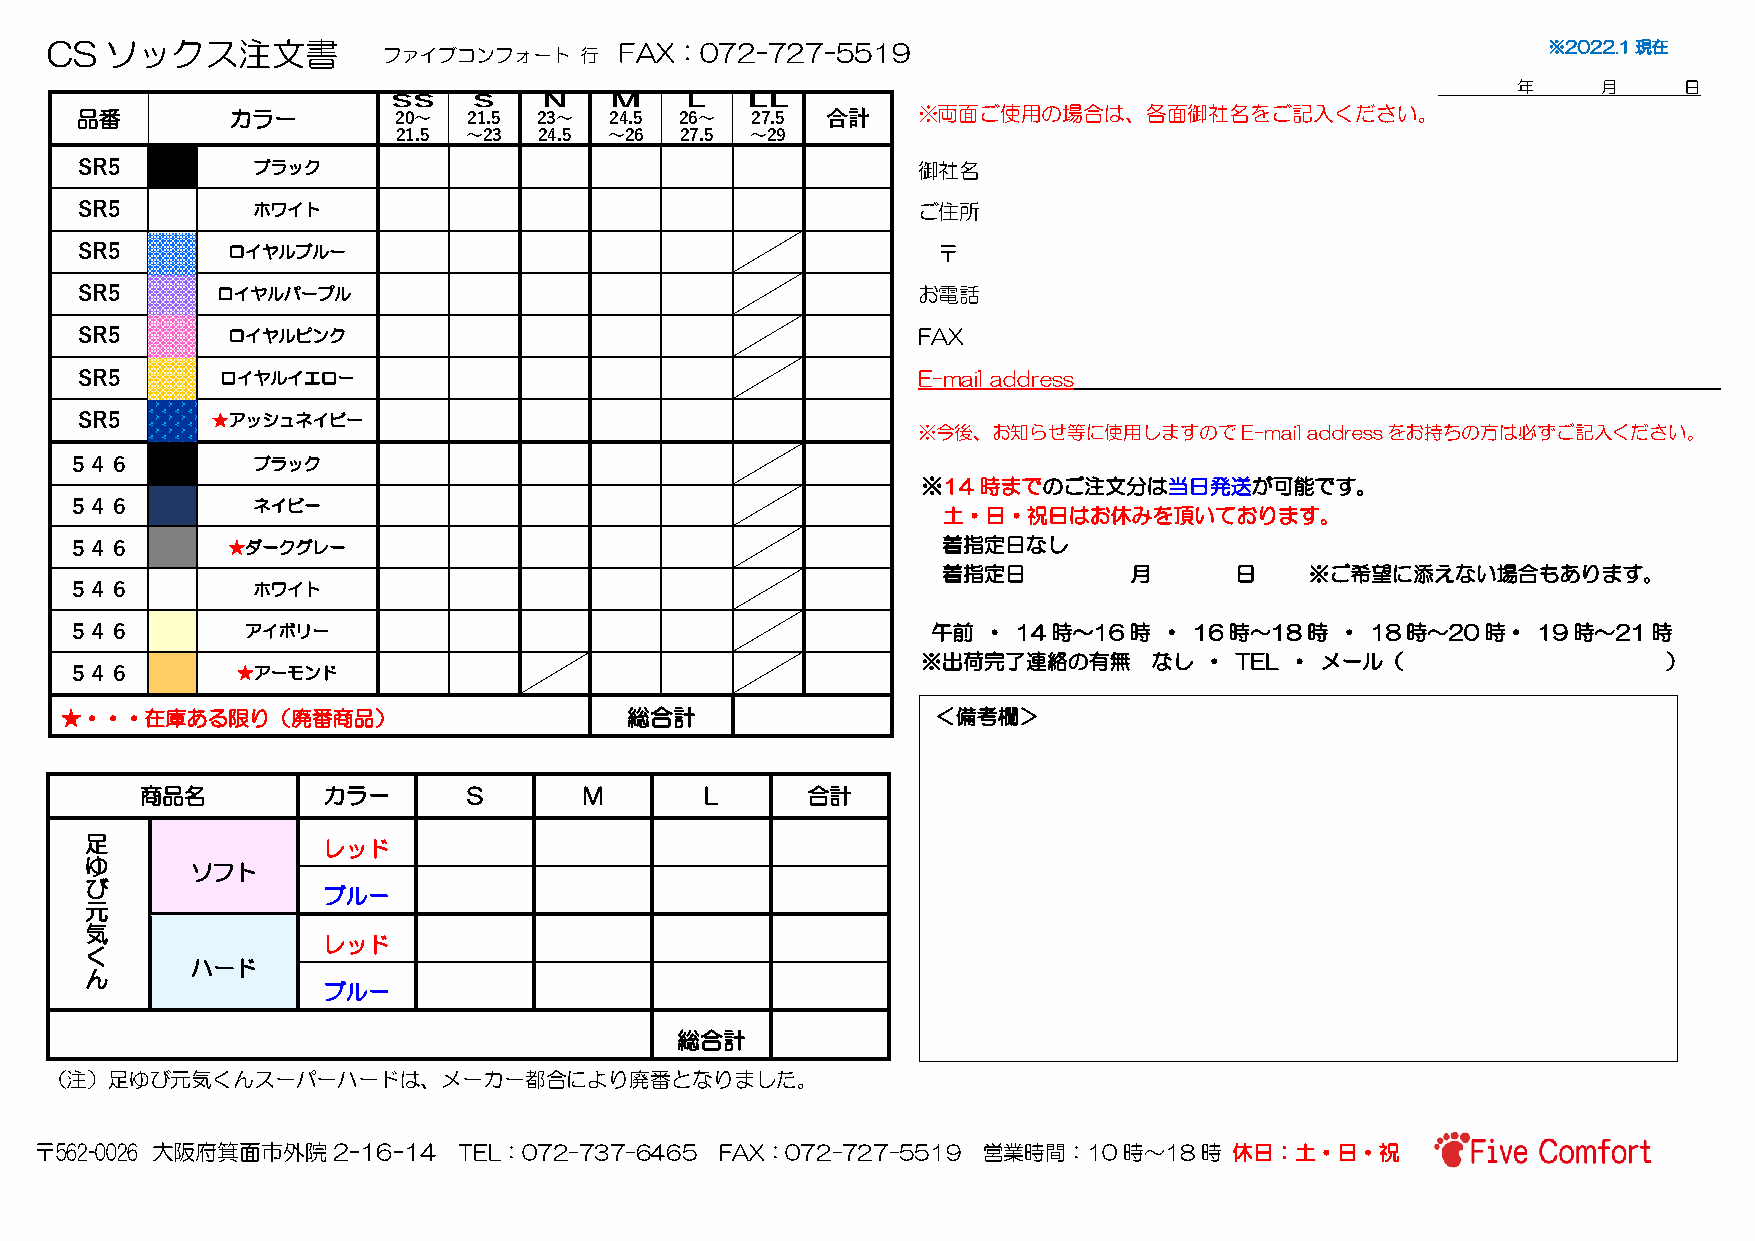
CS  ソックス注文書           ファイブコンフォート   行  FAX：072-727-5519                                             ※2022.1現在
 年     月    日
 品番        カラー        20～  21.5 23～ 24.5 26～  27.5 合計    ※両面ご使用の場合は、各面御社名をご記入ください。
 21.5 ～23  24.5 ～26 27.5 ～29
 SR5         ブラック                                        御社名
 SR5         ホワイト                                        ご住所
 SR5       ロイヤルブルー                                        〒
 SR5      ロイヤルパープル                                       お電話
 SR5       ロイヤルピンク                                       FAX
 SR5       ロイヤルイエロー                                      E-mail address
 SR5      ★アッシュネイビー
 ※今後、お知らせ等に使用しますのでE-mail   addressをお持ちの方は必ずご記入ください。
 ５４６          ブラック
 ※14時までのご注文分は当日発送が可能です。
 ５４６          ネイビー
 土・日・祝日はお休みを頂いております。
 ５４６        ★ダークグレー                                        着指定日なし
 着指定日         月      日    ※ご希望に添えない場合もあります。
 ５４６          ホワイト
 ５４６         アイボリー                                         午前 ・ 14時～16時   ・ 16時～18時   ・ 18時～20時・   19時～21時
 ※出荷完了連絡の有無     なし  ・ TEL ・ メール（                  ）
 ５４６         ★アーモンド
 ★・・・在庫ある限り（廃番商品）                     総合計                  ＜備考欄＞
 商品名         カラー       S       M       L     合計
 足              レッド
 ゆ
 ソフト
 び
 ブルー
 元
 気
 レッド
 く
 ハード
 ん
 ブルー
 総合計
 （注）足ゆび元気くんスーパーハードは、メーカー都合により廃番となりました。
 〒562-0026 大阪府箕面市外院2-16-14   TEL：072-737-6465  FAX：072-727-5519 営業時間：10時～18時     休日：土・日・祝